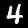
Label: 4